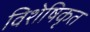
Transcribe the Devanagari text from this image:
विशेषिकृत